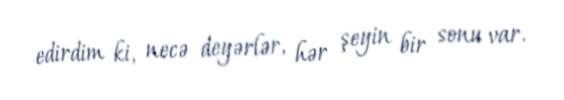
edirdim ki, necə deyərlər, hər şeyin bir sonu var.